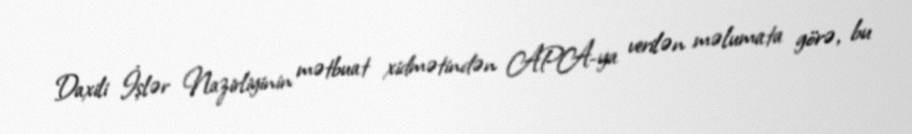
Daxili İşlər Nazirliyinin mətbuat xidmətindən APA-ya verilən məlumata görə, bu